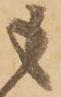
も